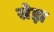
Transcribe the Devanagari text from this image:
सेझ